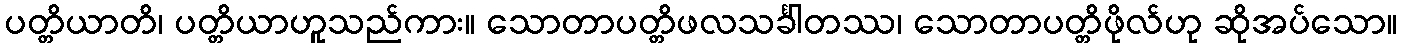
ပတ္တိယာတိ၊ ပတ္တိယာဟူသည်ကား။ သောတာပတ္တိဖလသင်္ခါတဿ၊ သောတာပတ္တိဖိုလ်ဟု ဆိုအပ်သော။